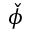
\check { \phi }